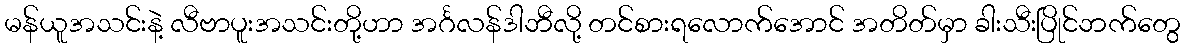
မန်ယူအသင်းနဲ့ လီဗာပူးအသင်းတို့ဟာ အင်္ဂလန်ဒါဘီလို့ တင်စားရလောက်အောင် အတိတ်မှာ ခါးသီးပြိုင်ဘက်တွေ